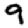
Digit: 9